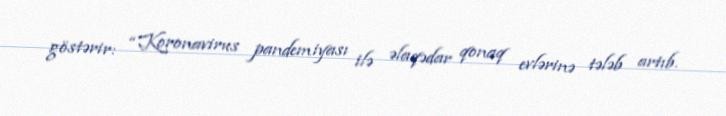
göstərir: “Koronavirus pandemiyası ilə əlaqədar qonaq evlərinə tələb artıb.